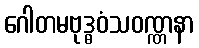
ဂေါတမဗုဒ္ဓဝံသဝဏ္ဏနာ